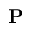
\mathbf { P }